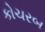
કોચરબ